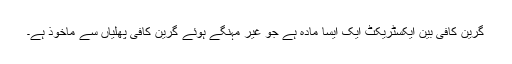
گرین کافی بین ایکسٹریکٹ ایک ایسا مادہ ہے جو غیر مہنگے ہوئے گرین کافی پھلیاں سے ماخوذ ہے۔